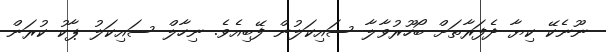
ނޫނެކޭ ކިޔާ ދެފަރާތަށް ބޯހޫރުވާލާ ސައިކަލުން ފޭބިއެވެ. ނިހާލް ސައިކަލު ޕާކު ކުރަން